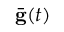
\bar { \bf g } ( t )